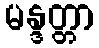
မန္ဒတ္တာ